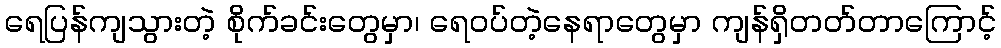
ရေပြန်ကျသွားတဲ့ စိုက်ခင်းတွေမှာ၊ ရေဝပ်တဲ့နေရာတွေမှာ ကျန်ရှိတတ်တာကြောင့်